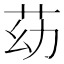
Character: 苭